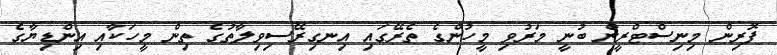
ފޮރިން މިނިސްޓްރީން ބުނީ މަރުވި މީހުންގެ ތެރޭގައި އިނގިރޭސިވިލާތުގެ ތިން މީހަކާއި އިންޑިޔާގެ